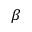
\beta